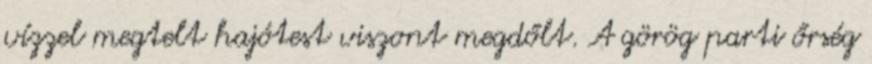
vízzel megtelt hajótest viszont megdőlt. A görög parti őrség